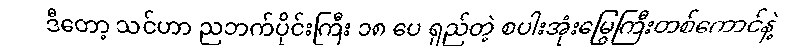
ဒီတော့ သင်ဟာ ညဘက်ပိုင်းကြီး ၁၈ ပေ ရှည်တဲ့ စပါးအုံးမြွေကြီးတစ်ကောင်နဲ့